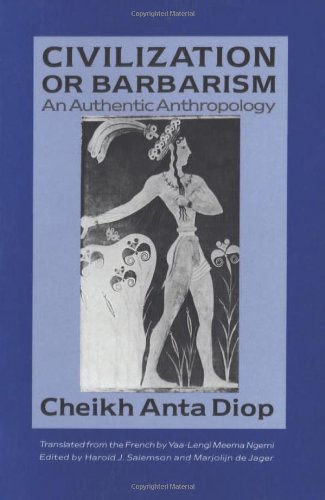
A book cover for Civilization or Barbarism: An Authentic Anthropology; Cheikh Anta Diop; History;